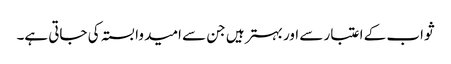
ثواب کے اعتبار سے اور بہتر ہیں جن سے امید وابستہ کی جاتی ہے۔